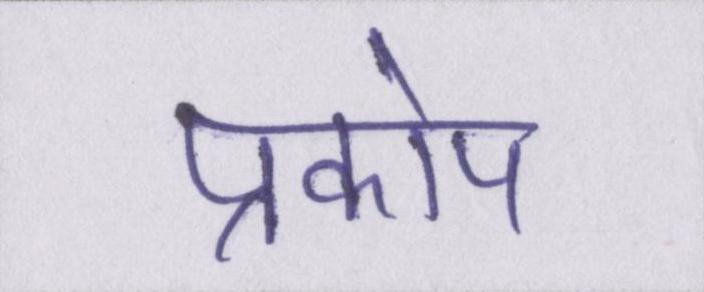
प्रकोप